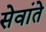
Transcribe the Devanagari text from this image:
सेवांते